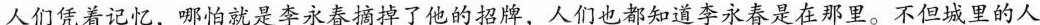
人们凭着记忆，哪怕就是李永春摘掉了他的招牌，人们也都知李永春是在那里。不但城里的人